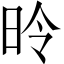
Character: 昤